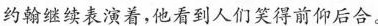
约翰继续表演着，他看到人们笑得前仰后合。